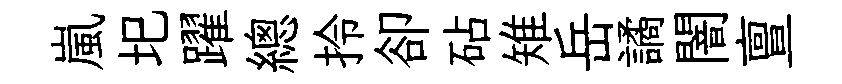
嵐圯躍總拎卻砧雉岳譎闇亶